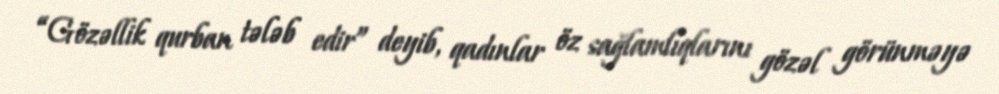
“Gözəllik qurban tələb edir” deyib, qadınlar öz sağlamlıqlarını gözəl görünməyə